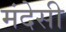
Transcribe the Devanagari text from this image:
मंदेसी